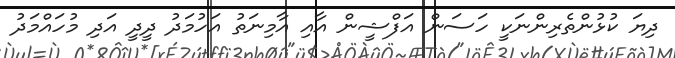
ދިޔަ ކުޅުންތެރިންނަކީ ހަސަން އަފްޝީން އާއި އާމިނަތު އަހުމަދު ދީދީ އަދި މުހައްމަދު